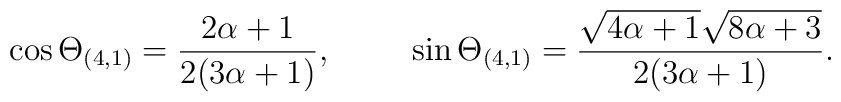
\cos\Theta_{(4,1)} = \frac{2\alpha+1}{2 (3 \alpha+1)},\hspace{1cm}\sin\Theta_{(4,1)} = \frac{ \sqrt{4\alpha+1} \sqrt{8\alpha +3}}{2(3\alpha +1)}.